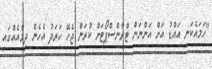
"ހަމައެކަނި އައްޑު އަށް އަންނަން ޓްރާންސްޕޯޓަށް ކުރަން ޖެހޭ ހަރަދު އެހެން ދިމާއެއްގައި